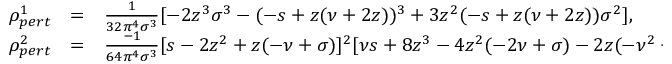
\begin{array} { l l l } { { \rho _ { p e r t } ^ { 1 } } } & { { = } } & { { { \frac { 1 } { 3 2 \pi ^ { 4 } \sigma ^ { 3 } } } [ - 2 z ^ { 3 } \sigma ^ { 3 } - ( - s + z ( \nu + 2 z ) ) ^ { 3 } + 3 z ^ { 2 } ( - s + z ( \nu + 2 z ) ) \sigma ^ { 2 } ] , } } \\ { { \rho _ { p e r t } ^ { 2 } } } & { { = } } & { { { \frac { - 1 } { 6 4 \pi ^ { 4 } \sigma ^ { 3 } } } [ s - 2 z ^ { 2 } + z ( - \nu + \sigma ) ] ^ { 2 } [ \nu s + 8 z ^ { 3 } - 4 z ^ { 2 } ( - 2 \nu + \sigma ) - 2 z ( - \nu ^ { 2 } + 5 s + \nu \sigma ) ] , } } \end{array}